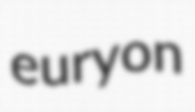
euryon